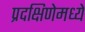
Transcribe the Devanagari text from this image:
प्रदक्षिणेमध्ये